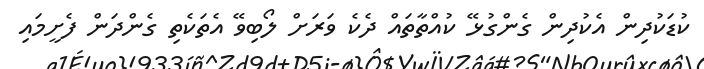
ކުޑަކުދިން އެކުދިން ގެންގުޅޭ ކުއްތާތައް ދެކެ ވަރަށް ލޯބިވޭ އެތަކެތި ގެންދަން ފެށީމައި